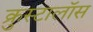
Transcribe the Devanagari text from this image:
क्रुस्टालॉस